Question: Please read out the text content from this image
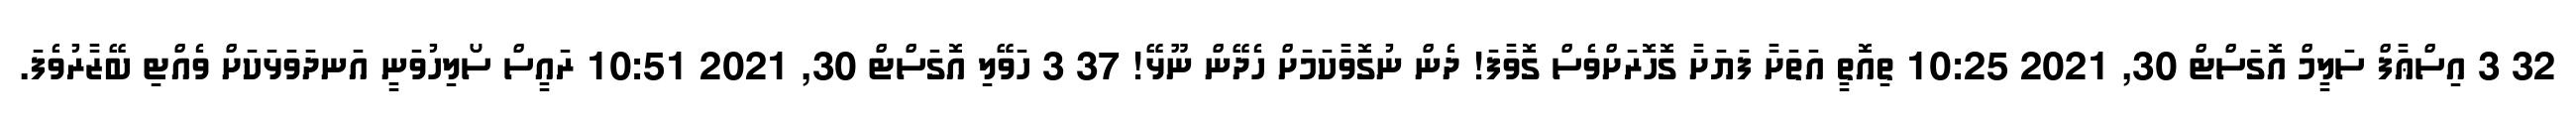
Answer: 32 3 އިސްޢާފް ސަލީމް އޮގަސްޓް 30, 2021 10:25 ތިއޮތީ އަތަށާ ފަޔަށާ ގޮހޮރަށްވެސް ގޮވާފަ! ދެން ނުގޮވާކަމަށް ހެދޭން ނޫޅޭ! 37 3 ހަވޭލި އޮގަސްޓް 30, 2021 10:51 ރައީސް ސޯލިހުވަނީ އަނދަވަޅަކަށް ވެއްޓި ބޭޒާރުވެފަ.